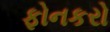
ફોનકરો